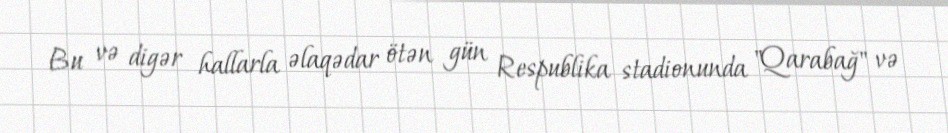
Bu və digər hallarla əlaqədar ötən gün Respublika stadionunda "Qarabağ" və